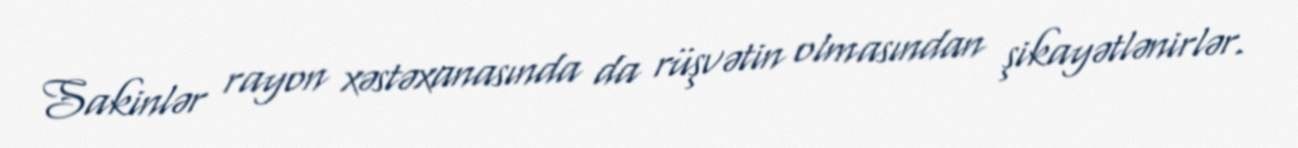
Sakinlər rayon xəstəxanasında da rüşvətin olmasından şikayətlənirlər.